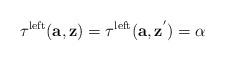
LaTeX: \begin{align*}\tau^{\mathrm{left}}(\textbf{a},\textbf{z})=\tau^{\mathrm{left}}(\textbf{a},\textbf{z}^{'})=\alpha\end{align*}